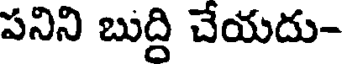
పనిని బుద్ది చేయదు-